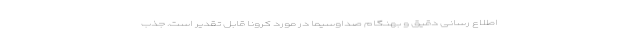
اطلاع رسانی دقیق و بهنگام صداوسیما در مورد کرونا قابل تقدیر است. جذب